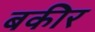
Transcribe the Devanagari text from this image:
बकीर